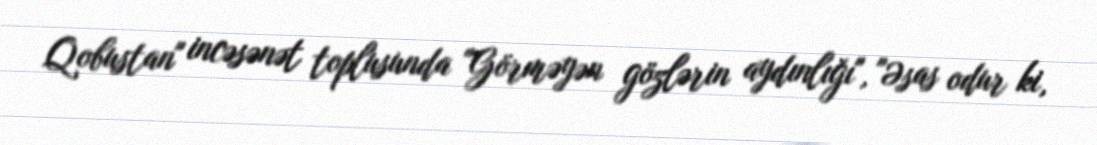
Qobustan" incəsənət toplusunda "Görməyən gözlərin aydınlığı", "Əsas odur ki,